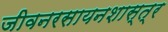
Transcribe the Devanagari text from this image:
जीवनरसायनशास्त्र